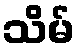
သိမ်